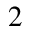
2